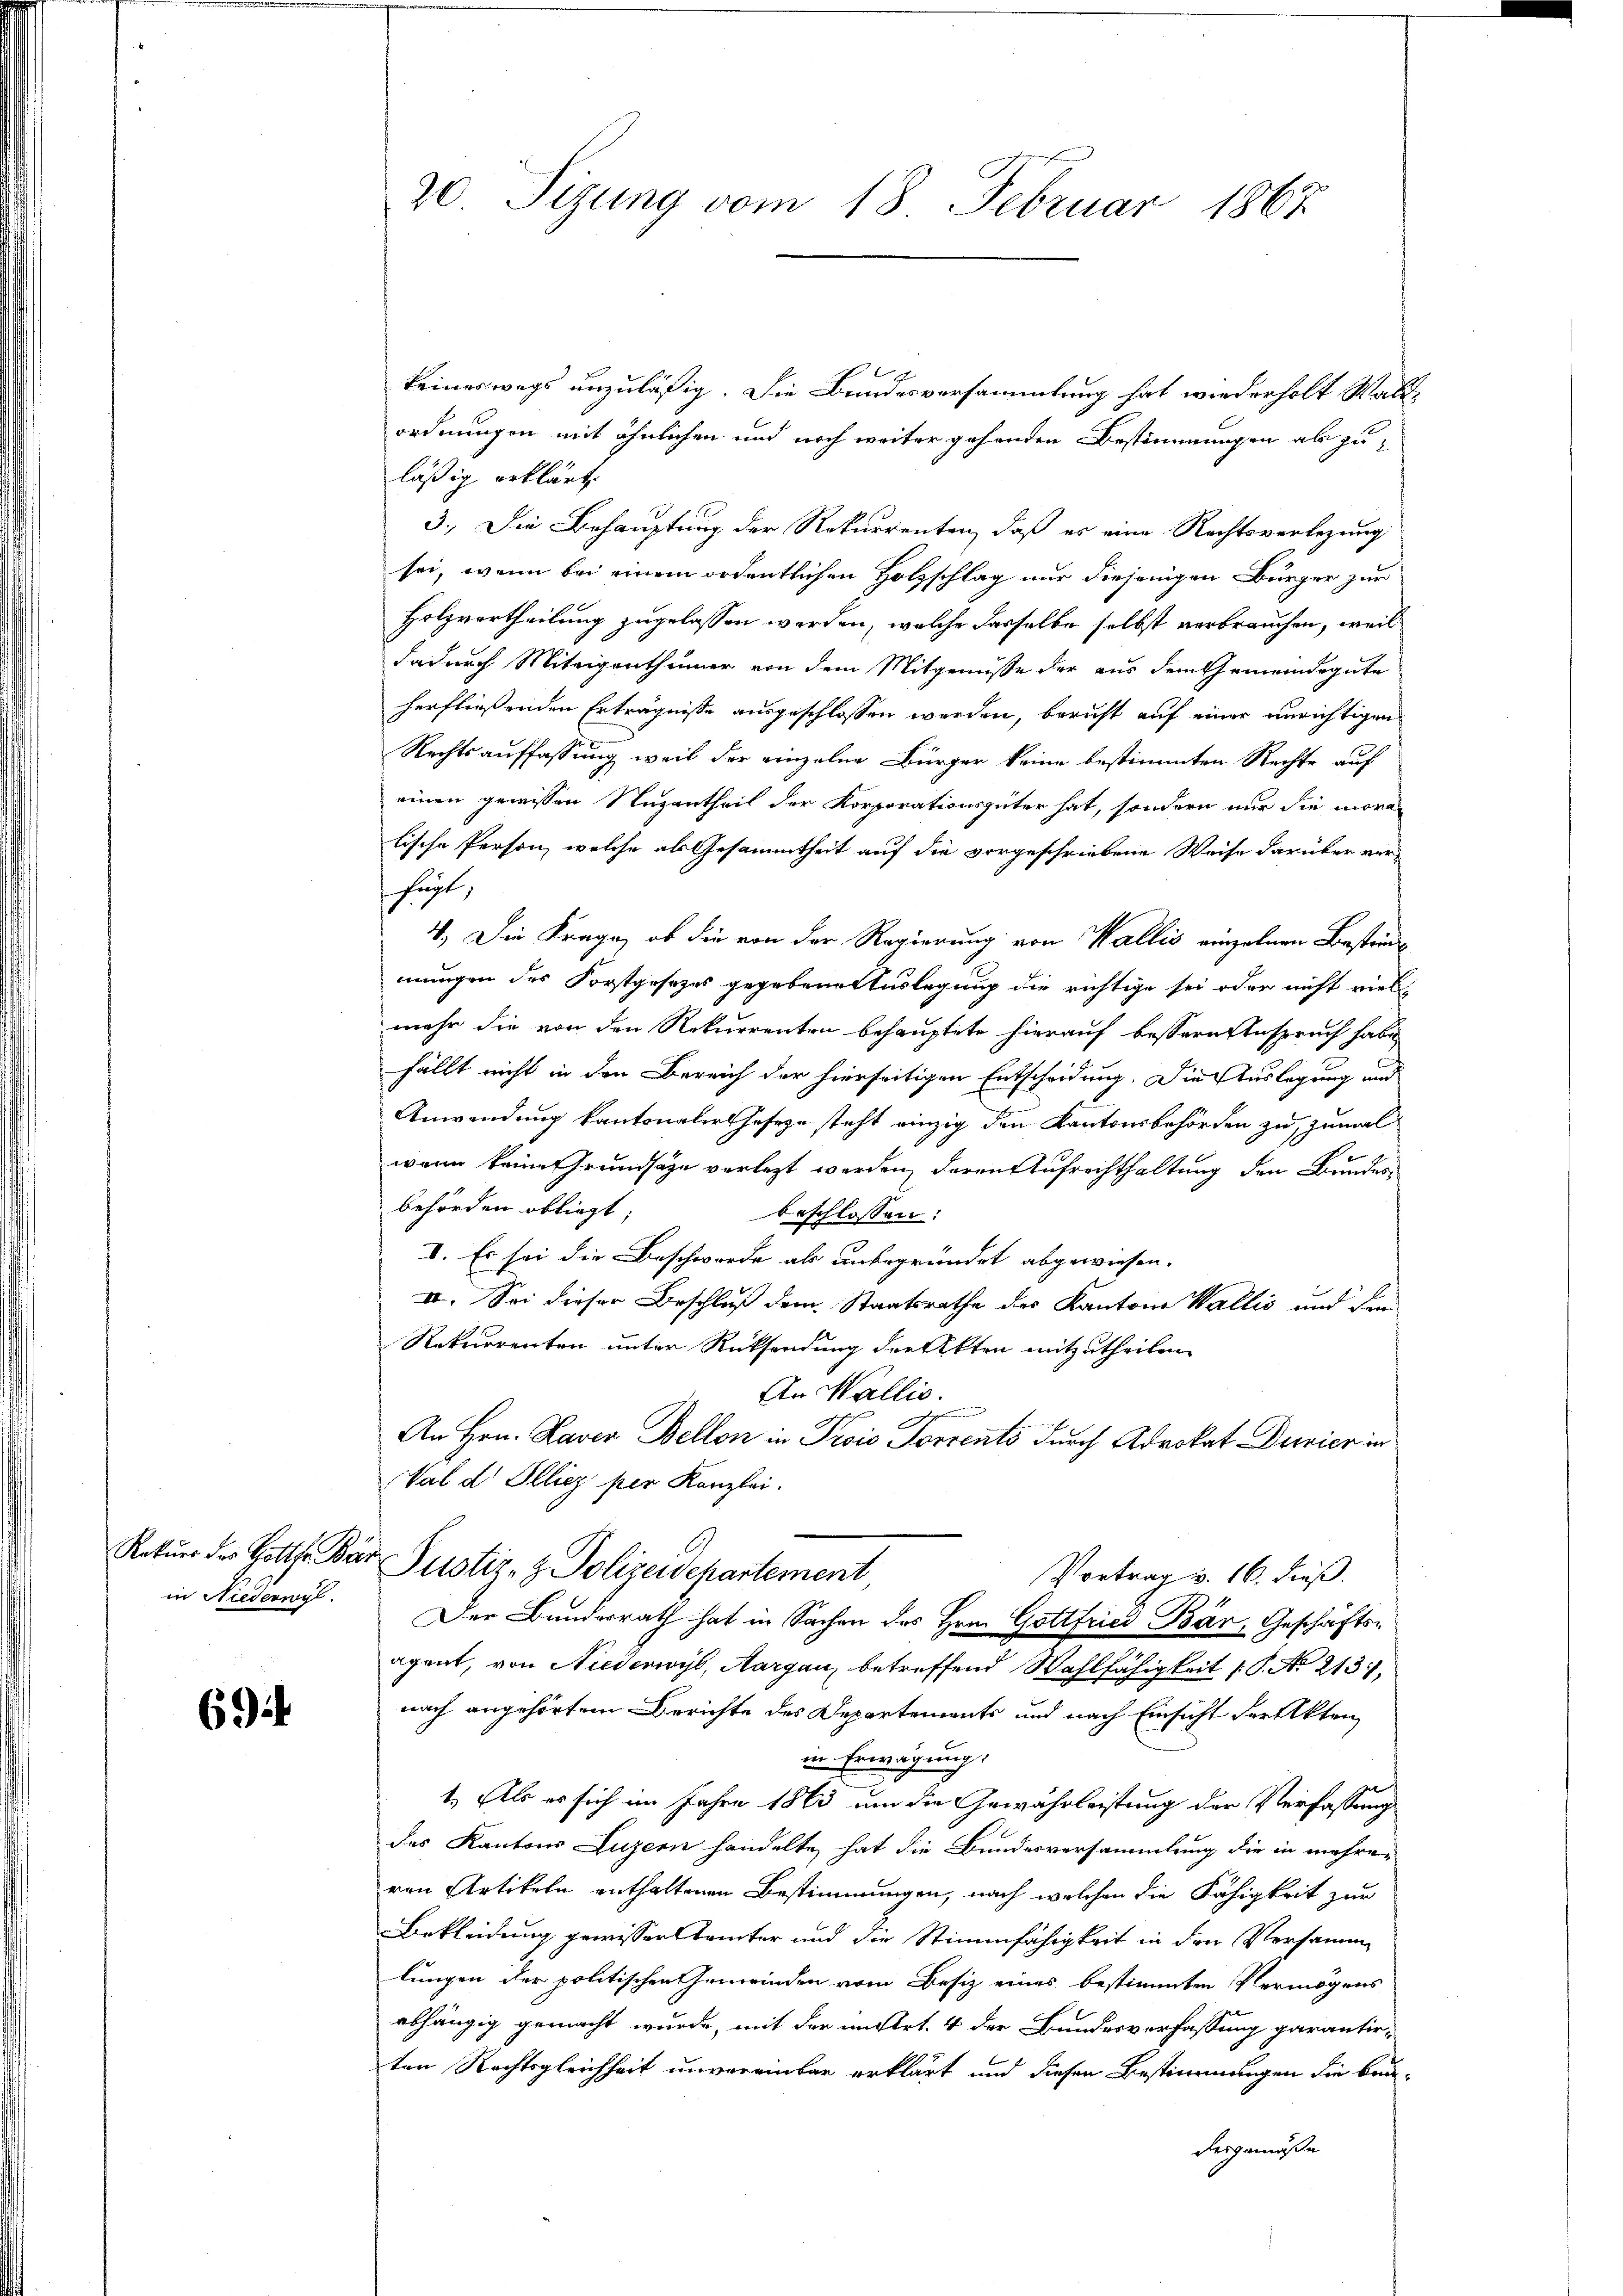
in Niederwyl

694

20 Sizung vom 18. Februar 1867

t
keineswegs unzuläßig. Die Bundesversammlung hat wiederholt Waldordnungen mit ähnlichen und noch weiter gehenden Bestimmungen als zu
läßig erklärt.
3.) Die Behauptung der Rekurrenten, daß er eine Rechtsverlegung
sei, wenn bei einem ordentlichen Holzschlag nur diejenigen Bürger zur
Holzvortheilung zugelassen werden, welche dasselbe selbst verbrauchen, weil
dadurch Miteigenthümer von dem Mitgenusse der aus dem Gemeindegute
herfließenden Erträgnisse ausgeschlossen werden, bericht auf einer unrichtigen
Rechtsauffassung weil der einzelne Bürger keine bestimmten Rechte auf
einen gewissen Nuzentheil der Korporationsgüter hat, sondern nur die moralische Person, welche als Gesammtheit auf die vorgeschriebene Weise darüber ver¬
 hegt,
4. Die Frage, ob die von der Regierung von Wallis einzelnen Bestimmungen des Forstgesezes gegebene Auslegung die richtige sei oder nicht viel-
mehr die von den Rekurrenten behauptete hierauf bessern Anspruch habe
fällt nicht in den Bereich der hierseitigen Entscheidung. Die Auslegung und
Anwendung kantonaler Jeseze steht einzig den Kantonsbehörden zu, zumal
wann keine Grundsätze verlegt werden, daran Aufrechthaltung den Bundes
behörden obliegt;
beschlossen:
I. Es sei die Beschwerde als unbegründet abgewiesen.
II. Sei dieser Beschluß dem Staatsrathe des Kantone Wallis und den
Rekurrenten unter Rücksendung der Akten mitzutheilen
An Wallis.
An Hrn. Raver Bellon in Prois Forrents durch Advokat Danien in
Val d. Illiez per Kanzlei.
Retur der Gott. Der Justiz- & Polizeidepartement
Vortrag v. 16. dieß.
Der Bundesrath hat in Sachen des Hrn. Gottfried Bär, Geschäftsagant, von Niederwyl, Aargau, betreffend Wahlfähigkeit 1 S. No 213,
nach angehörtem Berichte des Departements und nach Einsicht der Akten
in Erwägung.
st
1.) Als es sich im Jahre 1863 um die Gewährleistung der Verfassung
des Kantons Luzern handelte, hat die Bundesversammlung die in mehreren Artikeln enthaltenen Bestimmungen, nach welchen die Fähigkeit zur
Bekleidung gewissen tämter und die Stimmfähigkeit in den Versamm
lungen der politischen Gemeinden vom Besiz eines bestimmten Vermögens
abhängig gemacht wurde, mit der in Art. 4 der Bundesverfassung garantirten Rechtsgleichheit unvereinbar erklärt und diesen Bestimmungen die Baudesgemäße